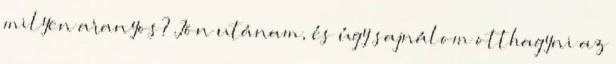
milyen aranyos? Jön utánam, és úgy sajnálom otthagyni az